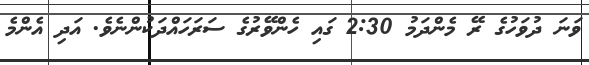
ވަނަ ދުވަހުގެ ރޭ މެންދަމު 2:30 ގައި ހެންވޭރުގެ ސަރަހައްދަކުންނެވެ. އަދި އެންމެ